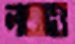
লজও